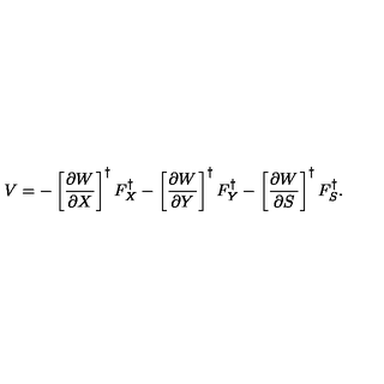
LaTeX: V = - \left[ { \frac { \partial W } { \partial X } } \right] ^ { \dag } F _ { X } ^ { \dag } - \left[ { \frac { \partial W } { \partial Y } } \right] ^ { \dag } F _ { Y } ^ { \dag } - \left[ { \frac { \partial W } { \partial S } } \right] ^ { \dag } F _ { S } ^ { \dag } .